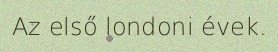
Az első londoni évek.